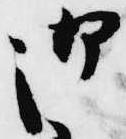
御